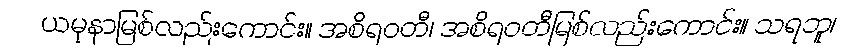
ယမုနာမြစ်လည်းကောင်း။ အစိရဝတီ၊ အစိရဝတီမြစ်လည်းကောင်း။ သရဘူ၊